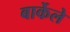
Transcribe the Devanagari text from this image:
बार्केले